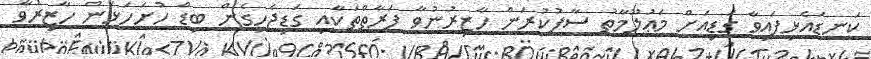
ކަނޑައެޅިފައިވާ ގަޑިއަށް މަޢުލޫމާތު ސާފުކުރަން ހާޒިރުނުވާ ފަރާތްތަކާއި ގަޑިޖެހިގެން ބިޑް ހުށަހަޅަން ހާޒިރުވާ